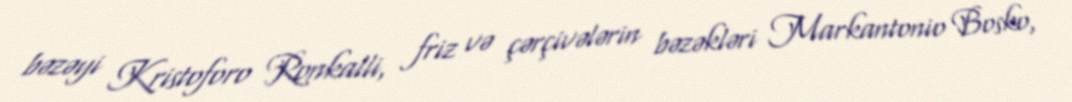
bəzəyi Kristoforo Ronkalli, friz və çərçivələrin bəzəkləri Markantonio Bosko,